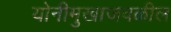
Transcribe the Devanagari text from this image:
योनीमुखाजवळील